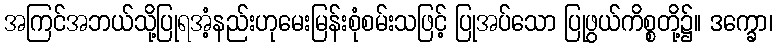
အကြင်အဘယ်သို့ပြုရအံ့နည်းဟုမေးမြန်းစုံစမ်းသဖြင့် ပြုအပ်သော ပြုဖွယ်ကိစ္စတို့၌။ ဒက္ခော၊